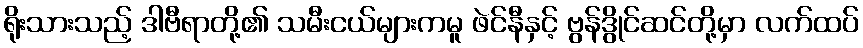
ရိုးသားသည့် ဒါဗီရာတို့၏ သမီးငယ်များကမူ ဖဲင်နီနှင့် ဗွန်ဒွိုင်ဆင်တို့မှာ လက်ထပ်